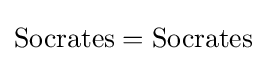
{\text{Socrates}}={\text{Socrates}}